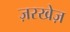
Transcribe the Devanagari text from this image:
ज़रखेज़